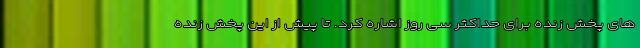
های پخش زنده برای حداکثر سی روز اشاره کرد. تا پیش از این پخش زنده